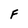
Character: F